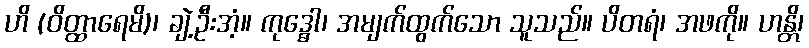
ဟိ (ဝိတ္ထာရေမိ)၊ ချဲ့ဦးအံ့။ ကုဒ္ဓေါ၊ အမျက်ထွက်သော သူသည်။ ပိတရံ၊ အဖကို။ ဟန္တိ၊